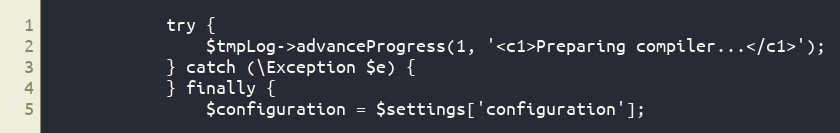
Language: PHP
            try {
                $tmpLog->advanceProgress(1, '<c1>Preparing compiler...</c1>');
            } catch (\Exception $e) {
            } finally {
                $configuration = $settings['configuration'];